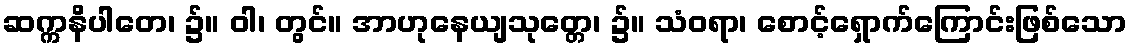
ဆက္ကနိပါတေ၊ ၌။ ဝါ၊ တွင်။ အာဟုနေယျသုတ္တေ၊ ၌။ သံဝရာ၊ စောင့်ရှောက်ကြောင်းဖြစ်သော